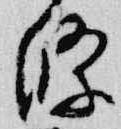
條